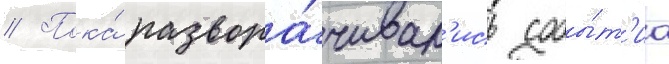
// Пока́ развора́чивал'ись собы́т'иа